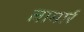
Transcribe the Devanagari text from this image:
लामार्र